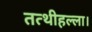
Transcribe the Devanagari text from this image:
तत्थीहल्ला।